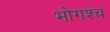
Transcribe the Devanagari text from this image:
भोगश्च